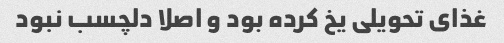
غذای تحویلی یخ کرده بود و اصلا دلچسب نبود